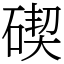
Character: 碶